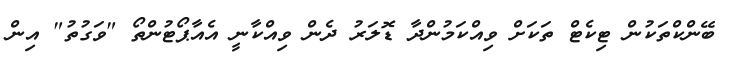
ބޭންކްތަކުން ޓިކެޓް ތަކަށް ވިއްކަމުންދާ ޑޮލަރު ދެން ވިއްކާނީ އެއާޕޯޓުންތޯ "ވަގުތު" އިން